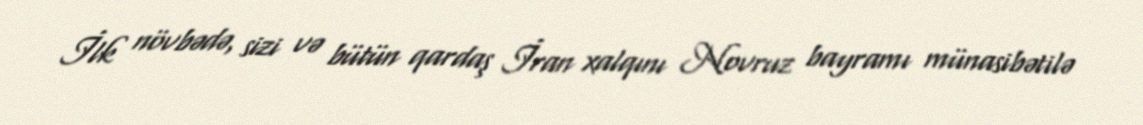
İlk növbədə, sizi və bütün qardaş İran xalqını Novruz bayramı münasibətilə